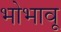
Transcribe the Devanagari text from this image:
भोभावू